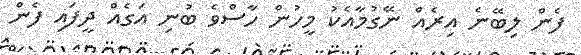
ފެން ލިބޭނެ އިރެއް ނޭގުމާއެކު މީހުން ހާސްވެ ބުނި އަގެއް ދީފައި ފެން